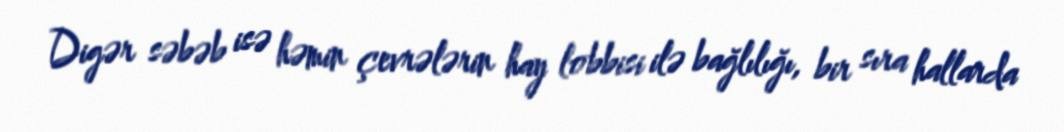
Digər səbəb isə həmin çevrələrin hay lobbisi ilə bağlılığı, bir sıra hallarda